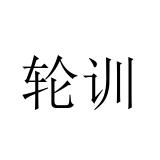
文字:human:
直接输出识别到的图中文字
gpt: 轮训